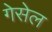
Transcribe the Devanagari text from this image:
गेसेल